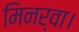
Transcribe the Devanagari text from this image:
मिनर्वा।